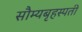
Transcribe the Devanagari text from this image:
सौम्यबृहस्पती